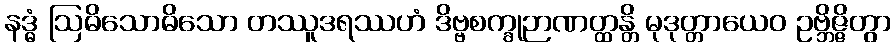
နဒ္ဓံ ဩဓိသောဓိသော တဿူဒရဿဟံ ဒိဗ္ဗစက္ခုဉာဏတ္ထန္တိ မုဒုတ္တာယေဝ ဥဗ္ဘိဇ္ဇိတွာ